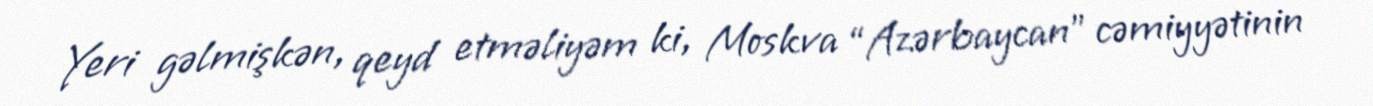
Yeri gəlmişkən, qeyd etməliyəm ki, Moskva “Azərbaycan” cəmiyyətinin